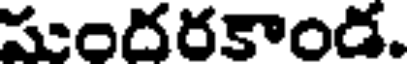
సుందరకాండ.